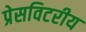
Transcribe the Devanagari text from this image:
प्रेसविटरीय